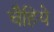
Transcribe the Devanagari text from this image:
चैहिये